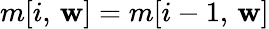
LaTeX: m[i,\, \mathbf{w}]=m[i-1,\, \mathbf{w}]